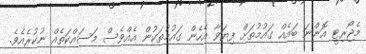
މެޖޯރިޓީ އޮންނަ ބައެއް ގައުމުތަށް ފިޔަވާ އެހެން ގައުމުތަކުން އެއްވެސް މަސައްކަތެއް ނުކުރެއެވެ.